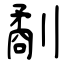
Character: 劀